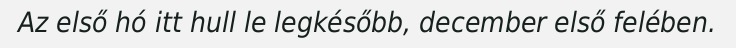
Az első hó itt hull le legkésőbb, december első felében.